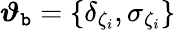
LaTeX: \boldsymbol{\vartheta}_{\mathtt{b}}=\{ \delta_{\zeta_{i}},\sigma_{\zeta_{i}}\}